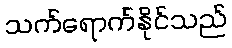
သက်ရောက်နိုင်သည်